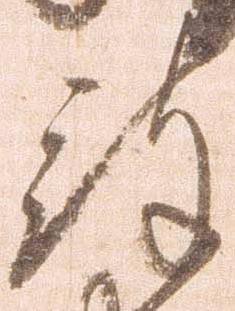
被